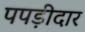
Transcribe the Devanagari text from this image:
पपड़ीदार